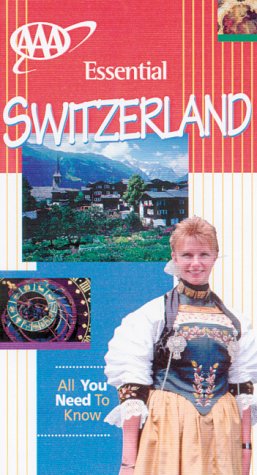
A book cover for AAA Essential Guide: Switzerland; Richard Sale; Travel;